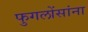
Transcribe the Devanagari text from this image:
फुगलोंसांना